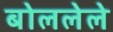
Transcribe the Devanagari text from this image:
बोललेले